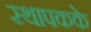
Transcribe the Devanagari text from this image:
स्थापकके